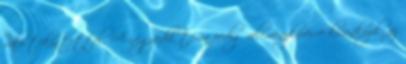
való tekintettel. A negyedik téma pedig véleménykérésre kívánkozik, az